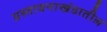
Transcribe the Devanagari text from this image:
प्रस्तावनाखंडातील